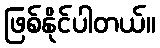
ဖြစ်နိုင်ပါတယ်။